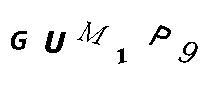
GUM1P9